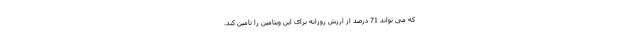
که می تواند 71 درصد از ارزش روزانه برای این ویتامین را تامین کند.